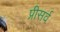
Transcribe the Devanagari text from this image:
प्रीसर्व